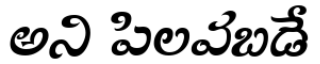
అని పిలవబడే